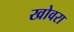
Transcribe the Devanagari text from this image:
खोवरा